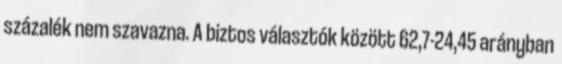
százalék nem szavazna. A biztos választók között 62,7-24,45 arányban